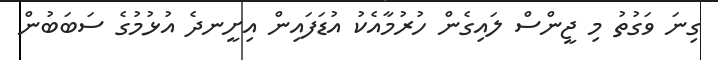
ގިނަ ވަގުތު މި ޖީންސް ލައިގެން ހުރުމާއެކު އުޑަފައިން އިށީނދެ އުޅުމުގެ ސަބަބުން